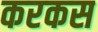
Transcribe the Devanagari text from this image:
करकस